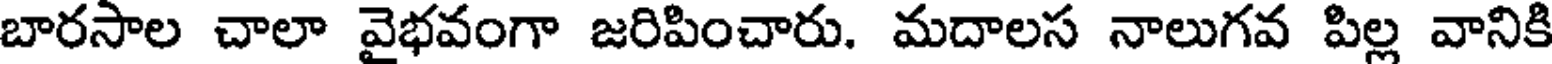
బారసాల చాలా వైభవంగా జరిపించారు. మదాలస నాలుగవ పిల్ల వానికి